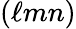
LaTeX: (\ell mn)